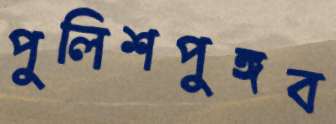
পুলিশপুঙ্গব